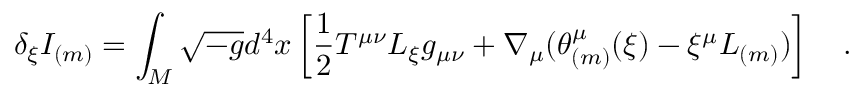
\delta _ { \xi } I _ { ( m ) } = \int _ { \cal M } \sqrt { - g } d ^ { 4 } x \left[ \frac 1 2 T ^ { \mu \nu } { \cal L } _ { \xi } g _ { \mu \nu } + \nabla _ { \mu } ( \theta _ { ( m ) } ^ { \mu } ( \xi ) - \xi ^ { \mu } L _ { ( m ) } ) \right] ~ ~ ~ .